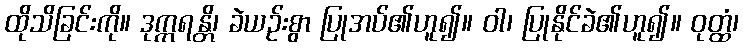
ထိုသိခြင်းကို။ ဒုက္ကရန္တိ၊ ခဲယဉ်းစွာ ပြုအပ်၏ဟူ၍။ ဝါ၊ ပြုနိုင်ခဲ၏ဟူ၍။ ဝုတ္ထံ၊